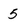
Character: 5